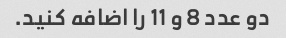
دو عدد 8 و 11 را اضافه کنید.